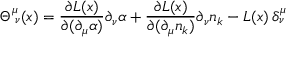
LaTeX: \Theta _ { \; \nu } ^ { \mu } ( x ) = \frac { \partial { \cal L } ( x ) } { \partial ( \partial _ { \mu } \alpha ) } \partial _ { \nu } \alpha + \frac { \partial { \cal L } ( x ) } { \partial ( \partial _ { \mu } n _ { k } ) } \partial _ { \nu } n _ { k } - { \cal L } ( x ) \, \delta _ { \nu } ^ { \mu }